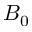
B _ { 0 }